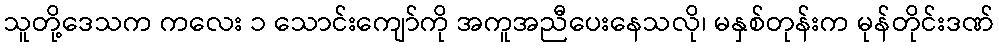
သူတို့ဒေသက ကလေး ၁ သောင်းကျော်ကို အကူအညီပေးနေသလို၊ မနှစ်တုန်းက မုန်တိုင်းဒဏ်